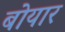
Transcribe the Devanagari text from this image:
बोयार